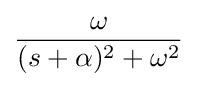
{\omega  \over (s+\alpha )^{2}+\omega ^{2}}